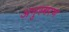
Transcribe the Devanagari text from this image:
अनुस्मरण